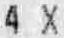
4 X